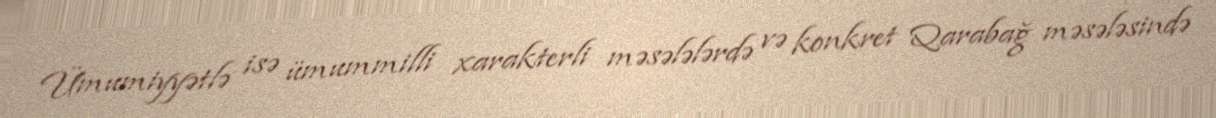
Ümumiyyətlə isə ümummilli xarakterli məsələlərdə və konkret Qarabağ məsələsində